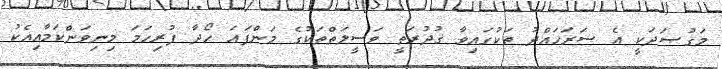
މަގުޞަދަކީ އެ ސަރަހައްދު ތަކުގައިވާ ގުދުރަތީ ވަސީލަތްތަކުގެ މަންފަޢަ ހޯދާ ފުރިހަމަ މިނިވަންކަމާއިއެކު